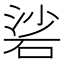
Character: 硰